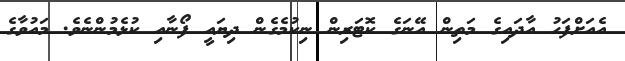
އެއަށްފަހު އާދައިގެ މަތިން އޭނަގެ ކޮޓަރިން ނިކުމެގެން ދިޔައީ ފޯނާއި ކުޅެމުންނެވެ. މައުވާގެ